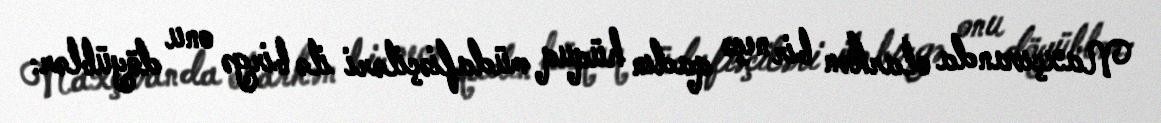
Naxçıvanda olarkən bir neçə qadın hüquq müdafiəçiləri ilə birgə onu döyüblər: